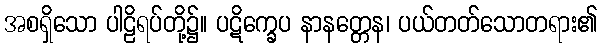
အစရှိသော ပါဠိရပ်တို့၌။ ပဋိက္ခေပ နာနတ္တေန၊ ပယ်တတ်သောတရား၏